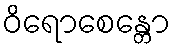
ဝိရောစေန္တော